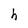
Character: h